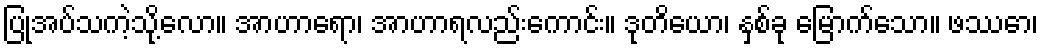
ပြုအပ်သကဲ့သို့လော။ အာဟာရော၊ အာဟာရလည်းကောင်း။ ဒုတိယော၊ နှစ်ခု မြောက်သော။ ဖဿော၊